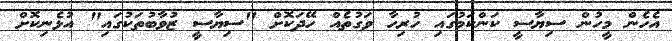
އެހެން މީހުން ސިޔާސީ ކަންކަމުގައި ހުރިހާ ވަގުތެއް ހޭދަކޮށް "ސިޔާސީ ޒުވާބުތަކުގައި" އުޅެނިކޮށް